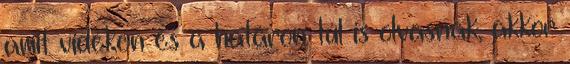
amit vidéken és a határon túl is olvasnak, akkor